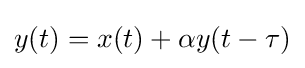
y(t)=x(t)+\alpha y(t-\tau )